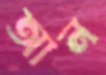
আন